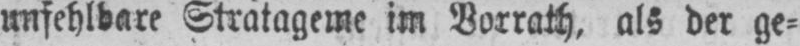
unfehlbare Stratageme im Borrath, als der ge⸗